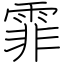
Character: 霏